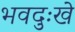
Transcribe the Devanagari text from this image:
भवदुःखे